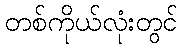
တစ်ကိုယ်လုံးတွင်